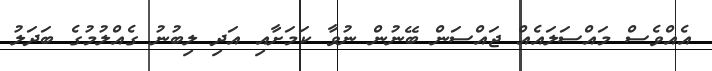
އެއްވެސް މައްސަލައެއް ޖައްސަން ބޭނުން ނުވާ ކަމަށާއި އަދި ލިބުނު ގެއްލުމުގެ ބަދަލު